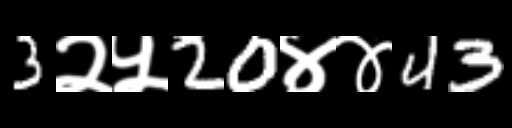
Text: 3२५20४४43